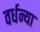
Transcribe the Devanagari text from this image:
वर्धन्या